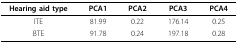
<table><thead><tr><td><b>Hearing aid type</b></td><td><b>PCA1</b></td><td><b>PCA2</b></td><td><b>PCA3</b></td><td><b>PCA4</b></td></tr></thead><tbody><tr><td>ITE</td><td>81.99</td><td>0.22</td><td>176.14</td><td>0.25</td></tr><tr><td>BTE</td><td>91.78</td><td>0.24</td><td>197.18</td><td>0.28</td></tr></tbody></table>